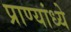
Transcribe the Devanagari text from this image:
प्राण्यांध्ये